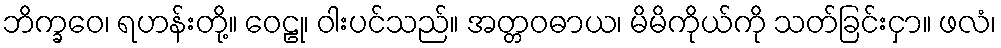
ဘိက္ခဝေ၊ ရဟန်းတို့။ ဝေဠု၊ ဝါးပင်သည်။ အတ္တဝဓာယ၊ မိမိကိုယ်ကို သတ်ခြင်းငှာ။ ဖလံ၊